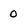
Character: 0